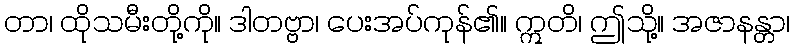
တာ၊ ထိုသမီးတို့ကို။ ဒါတဗ္ဗာ၊ ပေးအပ်ကုန်၏။ ဣတိ၊ ဤသို့။ အဇာနန္တာ၊